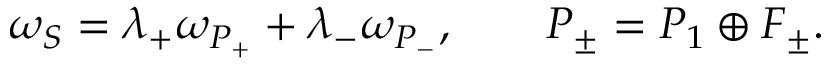
\omega _ { S } = \lambda _ { + } \omega _ { P _ { + } } + \lambda _ { - } \omega _ { P _ { - } } , \qquad P _ { \pm } = P _ { 1 } \oplus F _ { \pm } .